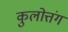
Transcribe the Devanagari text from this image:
कुलोत्तंग